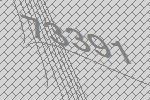
73391